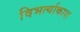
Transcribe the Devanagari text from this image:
विभर्त्याकाश